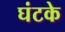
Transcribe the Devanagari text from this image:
घंटके